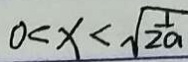
0 < x < \sqrt { \frac { 1 } { 2 a } }